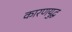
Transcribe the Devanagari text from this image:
कारणयुद्ध